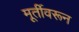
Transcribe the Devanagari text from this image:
मूर्तीवरून